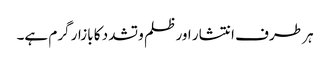
ہر طرف انتشار اور ظلم و تشدد کا بازار گرم ہے۔